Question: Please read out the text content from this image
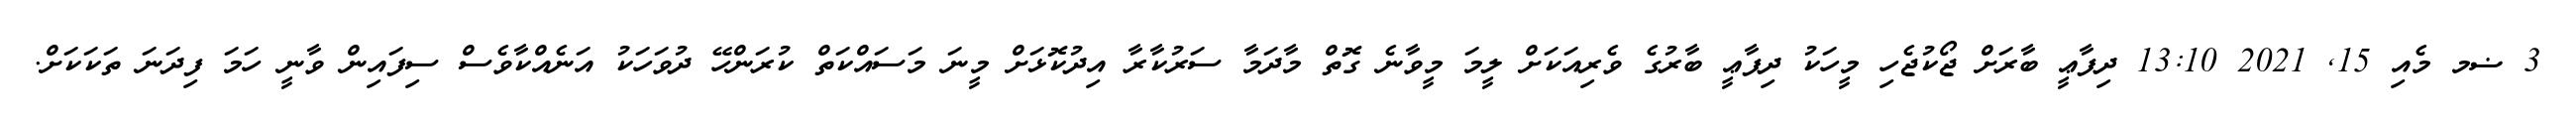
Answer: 3 ޟމ މެއި 15, 2021 13:10 ދިފާޢީ ބާރަށް ޖޯކުޖެހި މީހަކު ދިފާޢީ ބާރުގެ ވެރިއަކަށް ލީމަ މީވާނެ ގޮތް މާދަމާ ސަރުކާރާ އިދުކޮޅަށް މީނަ މަސައްކަތް ކުރަންހޭ ދުވަހަކު އަނެއްކާވެސް ސިފައިން ވާނީ ހަމަ ފިދަނަ ތަކަކަށް.